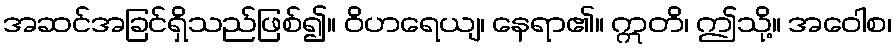
အဆင်အခြင်ရှိသည်ဖြစ်၍။ ဝိဟရေယျ၊ နေရာ၏။ ဣတိ၊ ဤသို့။ အဝေါစ၊